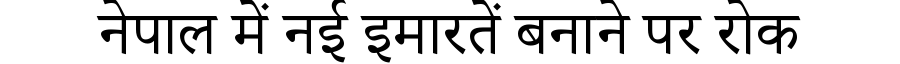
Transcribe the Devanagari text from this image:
नेपाल में नई इमारतें बनाने पर रोक